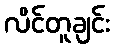
လိင်တူချင်း